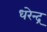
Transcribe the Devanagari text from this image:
धरेन्द्र